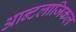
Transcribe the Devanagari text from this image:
आन्टलाजिकल